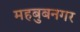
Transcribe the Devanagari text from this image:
महबुबनगर